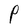
Character: P